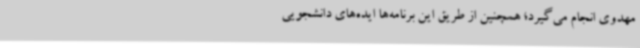
مهدوی انجام می‌گیرد؛ همچنین از طریق این برنامه‌ها ایده‌های دانشجویی